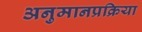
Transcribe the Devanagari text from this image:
अनुमानप्रक्रिया